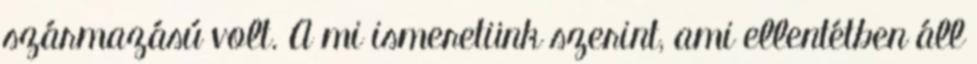
származású volt. A mi ismeretünk szerint, ami ellentétben áll